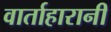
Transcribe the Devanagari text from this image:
वार्ताहारानी